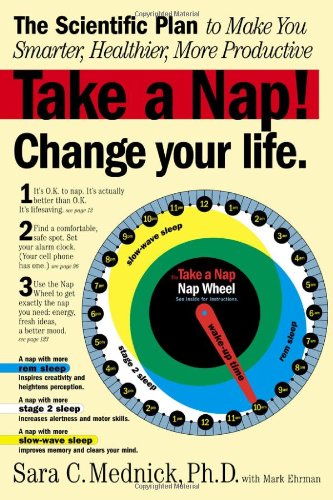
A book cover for Take a Nap! Change Your Life.; Mark Ehrman; Health, Fitness & Dieting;